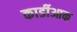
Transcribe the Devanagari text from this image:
कार्डीआक